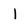
Character: l